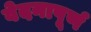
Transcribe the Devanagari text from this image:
वेदनापूर्ण